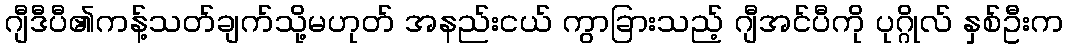
ဂျီဒီပီ၏ကန့်သတ်ချက်သို့မဟုတ် အနည်းငယ် ကွာခြားသည့် ဂျီအင်ပီကို ပုဂ္ဂိုလ် နှစ်ဦးက